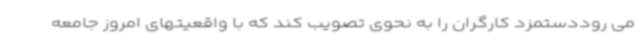
می روددستمزد کارگران را به نحوی تصویب کند که با واقعیتهای امروز جامعه